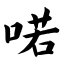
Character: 喏